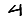
Digit: 4